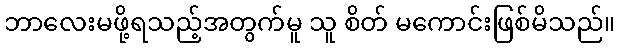
ဘာလေးမဖို့ရသည့်အတွက်မူ သူ စိတ် မကောင်းဖြစ်မိသည်။